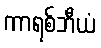
ကာရစ်ဘီယံ